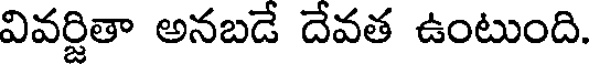
వివర్జితా అనబడే దేవత ఉంటుంది.